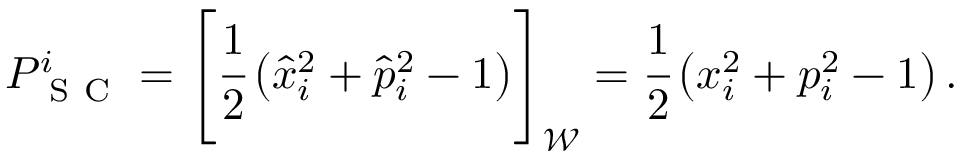
\begin{array} { r } { P _ { \mathrm { ~ S ~ C ~ } } ^ { i } = \left[ \cfrac { 1 } { 2 } \left( \hat { x } _ { i } ^ { 2 } + \hat { p } _ { i } ^ { 2 } - 1 \right) \right] _ { \mathcal { W } } = \cfrac { 1 } { 2 } \left( x _ { i } ^ { 2 } + p _ { i } ^ { 2 } - 1 \right) . } \end{array}